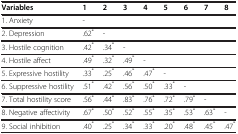
<table><thead><tr><td><b>Variables</b></td><td><b>1</b></td><td><b>2</b></td><td><b>3</b></td><td><b>4</b></td><td><b>5</b></td><td><b>6</b></td><td><b>7</b></td><td><b>8</b></td></tr></thead><tbody><tr><td>1. Anxiety</td><td>-</td><td>[EMPTY_CELL]</td><td>[EMPTY_CELL]</td><td>[EMPTY_CELL]</td><td>[EMPTY_CELL]</td><td>[EMPTY_CELL]</td><td>[EMPTY_CELL]</td><td>[EMPTY_CELL]</td></tr><tr><td>2. Depression</td><td>.62<sup>*</sup></td><td>-</td><td>[EMPTY_CELL]</td><td>[EMPTY_CELL]</td><td>[EMPTY_CELL]</td><td>[EMPTY_CELL]</td><td>[EMPTY_CELL]</td><td>[EMPTY_CELL]</td></tr><tr><td>3. Hostile cognition</td><td>.42<sup>*</sup></td><td>.34<sup>*</sup></td><td>-</td><td>[EMPTY_CELL]</td><td>[EMPTY_CELL]</td><td>[EMPTY_CELL]</td><td>[EMPTY_CELL]</td><td>[EMPTY_CELL]</td></tr><tr><td>4. Hostile affect</td><td>.49<sup>*</sup></td><td>.32<sup>*</sup></td><td>.49<sup>*</sup></td><td>-</td><td>[EMPTY_CELL]</td><td>[EMPTY_CELL]</td><td>[EMPTY_CELL]</td><td>[EMPTY_CELL]</td></tr><tr><td>5. Expressive hostility</td><td>.33<sup>*</sup></td><td>.25<sup>*</sup></td><td>.46<sup>*</sup></td><td>.47<sup>*</sup></td><td>-</td><td>[EMPTY_CELL]</td><td>[EMPTY_CELL]</td><td>[EMPTY_CELL]</td></tr><tr><td>6. Suppressive hostility</td><td>.51<sup>*</sup></td><td>.42<sup>*</sup></td><td>.56<sup>*</sup></td><td>.50<sup>*</sup></td><td>.33<sup>*</sup></td><td>-</td><td>[EMPTY_CELL]</td><td>[EMPTY_CELL]</td></tr><tr><td>7. Total hostility score</td><td>.56<sup>*</sup></td><td>.44<sup>*</sup></td><td>.83<sup>*</sup></td><td>.76<sup>*</sup></td><td>.72<sup>*</sup></td><td>.79<sup>*</sup></td><td>-</td><td>[EMPTY_CELL]</td></tr><tr><td>8. Negative affectivity</td><td>.67<sup>*</sup></td><td>.50<sup>*</sup></td><td>.52<sup>*</sup></td><td>.55<sup>*</sup></td><td>.35<sup>*</sup></td><td>.53<sup>*</sup></td><td>.63<sup>*</sup></td><td>-</td></tr><tr><td>9. Social inhibition</td><td>.40<sup>*</sup></td><td>.25<sup>*</sup></td><td>.34<sup>*</sup></td><td>.33<sup>*</sup></td><td>.20<sup>*</sup></td><td>.48<sup>*</sup></td><td>.45<sup>*</sup></td><td>.47<sup>*</sup></td></tr></tbody></table>